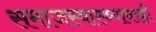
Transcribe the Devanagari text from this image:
समाजस्वास्थ्यावरही